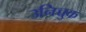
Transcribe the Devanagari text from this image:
उनिच्चुक